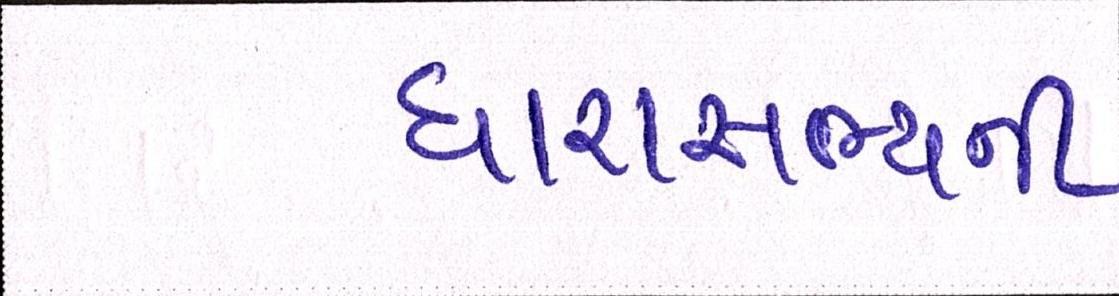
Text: ધારાસભ્યની